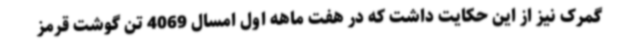
گمرک نیز از این حکایت داشت که در هفت ماهه اول امسال 4069 تن گوشت قرمز